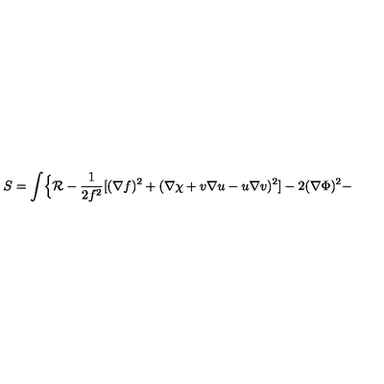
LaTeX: S = \int \Bigl \{ { \cal R } - \frac { 1 } { 2 f ^ { 2 } } [ ( \nabla f ) ^ { 2 } + ( \nabla \chi + v \nabla u - u \nabla v ) ^ { 2 } ] - 2 ( \nabla \Phi ) ^ { 2 } -